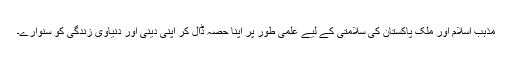
مذہب اسلام اور ملک پاکستان کی سلامتی کے لیے علمی طور پر اپنا حصہ ڈال کر اپنی دینی اور دنیاوی زندگی کو سنوارے۔